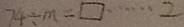
7 4 \div m = \square \cdots 2